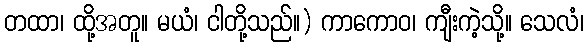
တထာ၊ ထို့အတူ။ မယံ၊ ငါတို့သည်။) ကာကောဝ၊ ကျီးကဲ့သို့။ သေလံ၊